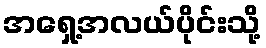
အရှေ့အလယ်ပိုင်းသို့